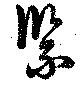
緊